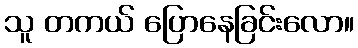
သူ တကယ် ပြောနေခြင်းလော။